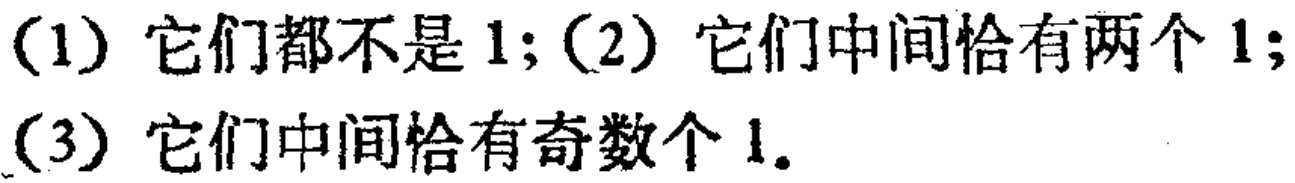
(1) 它们都不是 1; (2) 它们中间恰有两个 1; (3) 它们中间恰有奇数个 1.